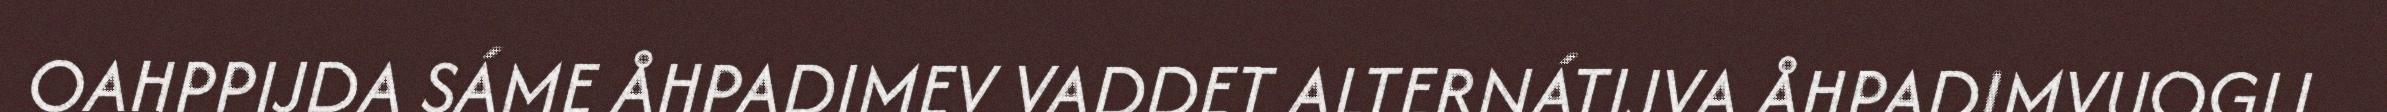
OAHPPIJDA SÁME ÅHPADIMEV VADDET ALTERNÁTIJVA ÅHPADIMVUOGIJ